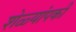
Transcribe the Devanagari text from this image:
शेळ्यांपकी